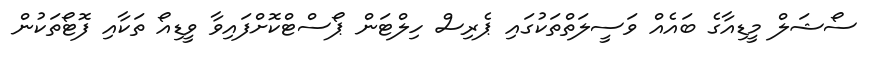
ސޯޝަލް މީޑިއާގެ ބައެއް ވަސީލަތްތަކުގައި ޕެރިސް ހިލްޓަން ޕޯސްޓްކޮށްފައިވާ ވީޑިއޯ ތަކާއި ފޮޓޯތަކުން